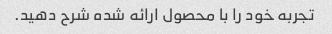
تجربه خود را با محصول ارائه شده شرح دهید.